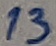
Text: 13